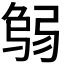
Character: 𢏻